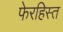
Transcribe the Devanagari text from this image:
फेरहिस्त